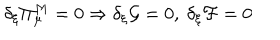
\delta _ { \xi } \Pi _ { \mu } ^ { M } = 0 \Rightarrow \delta _ { \xi } \mathcal { G } = 0 , \ \delta _ { \xi } \mathcal { F } = 0